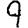
Digit: 9